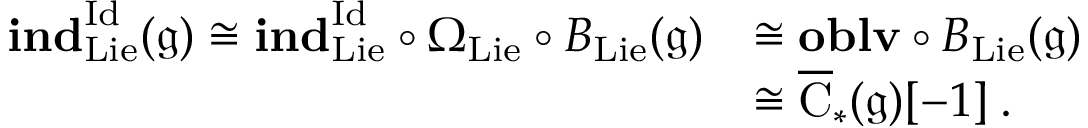
\begin{array} { r l } { \mathbf { i n d } _ { \mathrm { L i e } } ^ { \mathrm { I d } } ( \mathfrak { g } ) \cong \mathbf { i n d } _ { \mathrm { L i e } } ^ { \mathrm { I d } } \circ \Omega _ { \mathrm { L i e } } \circ B _ { \mathrm { L i e } } ( \mathfrak { g } ) } & { \cong \mathbf { o b l v } \circ B _ { \mathrm { L i e } } ( \mathfrak { g } ) } \\ & { \cong \overline { { \mathrm { C } } } _ { * } ( \mathfrak { g } ) [ - 1 ] \: . } \end{array}